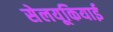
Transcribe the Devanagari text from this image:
सेलयूकियाई